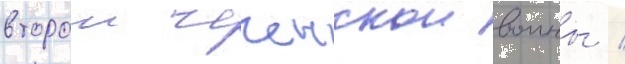
второи чеченскои воины /